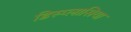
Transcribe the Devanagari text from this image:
डिस्प्लासिया